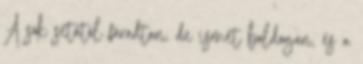
A sok sétától fáradtan, de ismét boldogan, és a